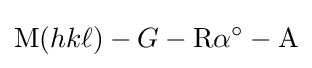
{\text{M}}(hk\ell )-G-{\text{R}}\alpha ^{\circ }-{\text{A}}